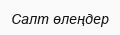
Салт өлеңдер